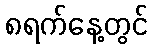
၈ရက်နေ့တွင်